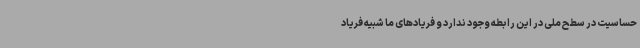
حساسیت در سطح ملی در این رابطه وجود ندارد و فریادهای ما شبیه فریاد